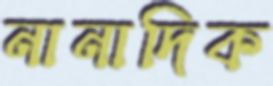
নানাদিক